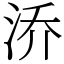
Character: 㳢